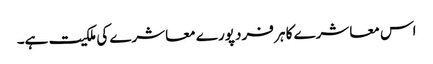
اس معاشرے کا ہر فرد پورے معاشرے کی ملکیت ہے۔